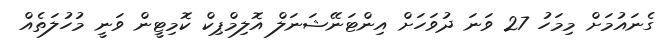
ގެނައުމަށް މިމަހު 27 ވަނަ ދުވަހަށް އިންޓަނޭޝަނަލް އޮލިމްޕިކް ކޮމިޓީން ވަނީ މުހުލަތެއް